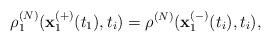
LaTeX: \begin{align*}\rho _{1}^{\left( N\right) }(\mathbf{x}_{1}^{(+)}(t_{1}),t_{i})=\rho^{\left( N\right) }(\mathbf{x}_{1}^{(-)}(t_{i}),t_{i}),\end{align*}